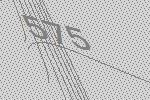
575